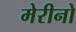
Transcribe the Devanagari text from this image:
मेरीनो